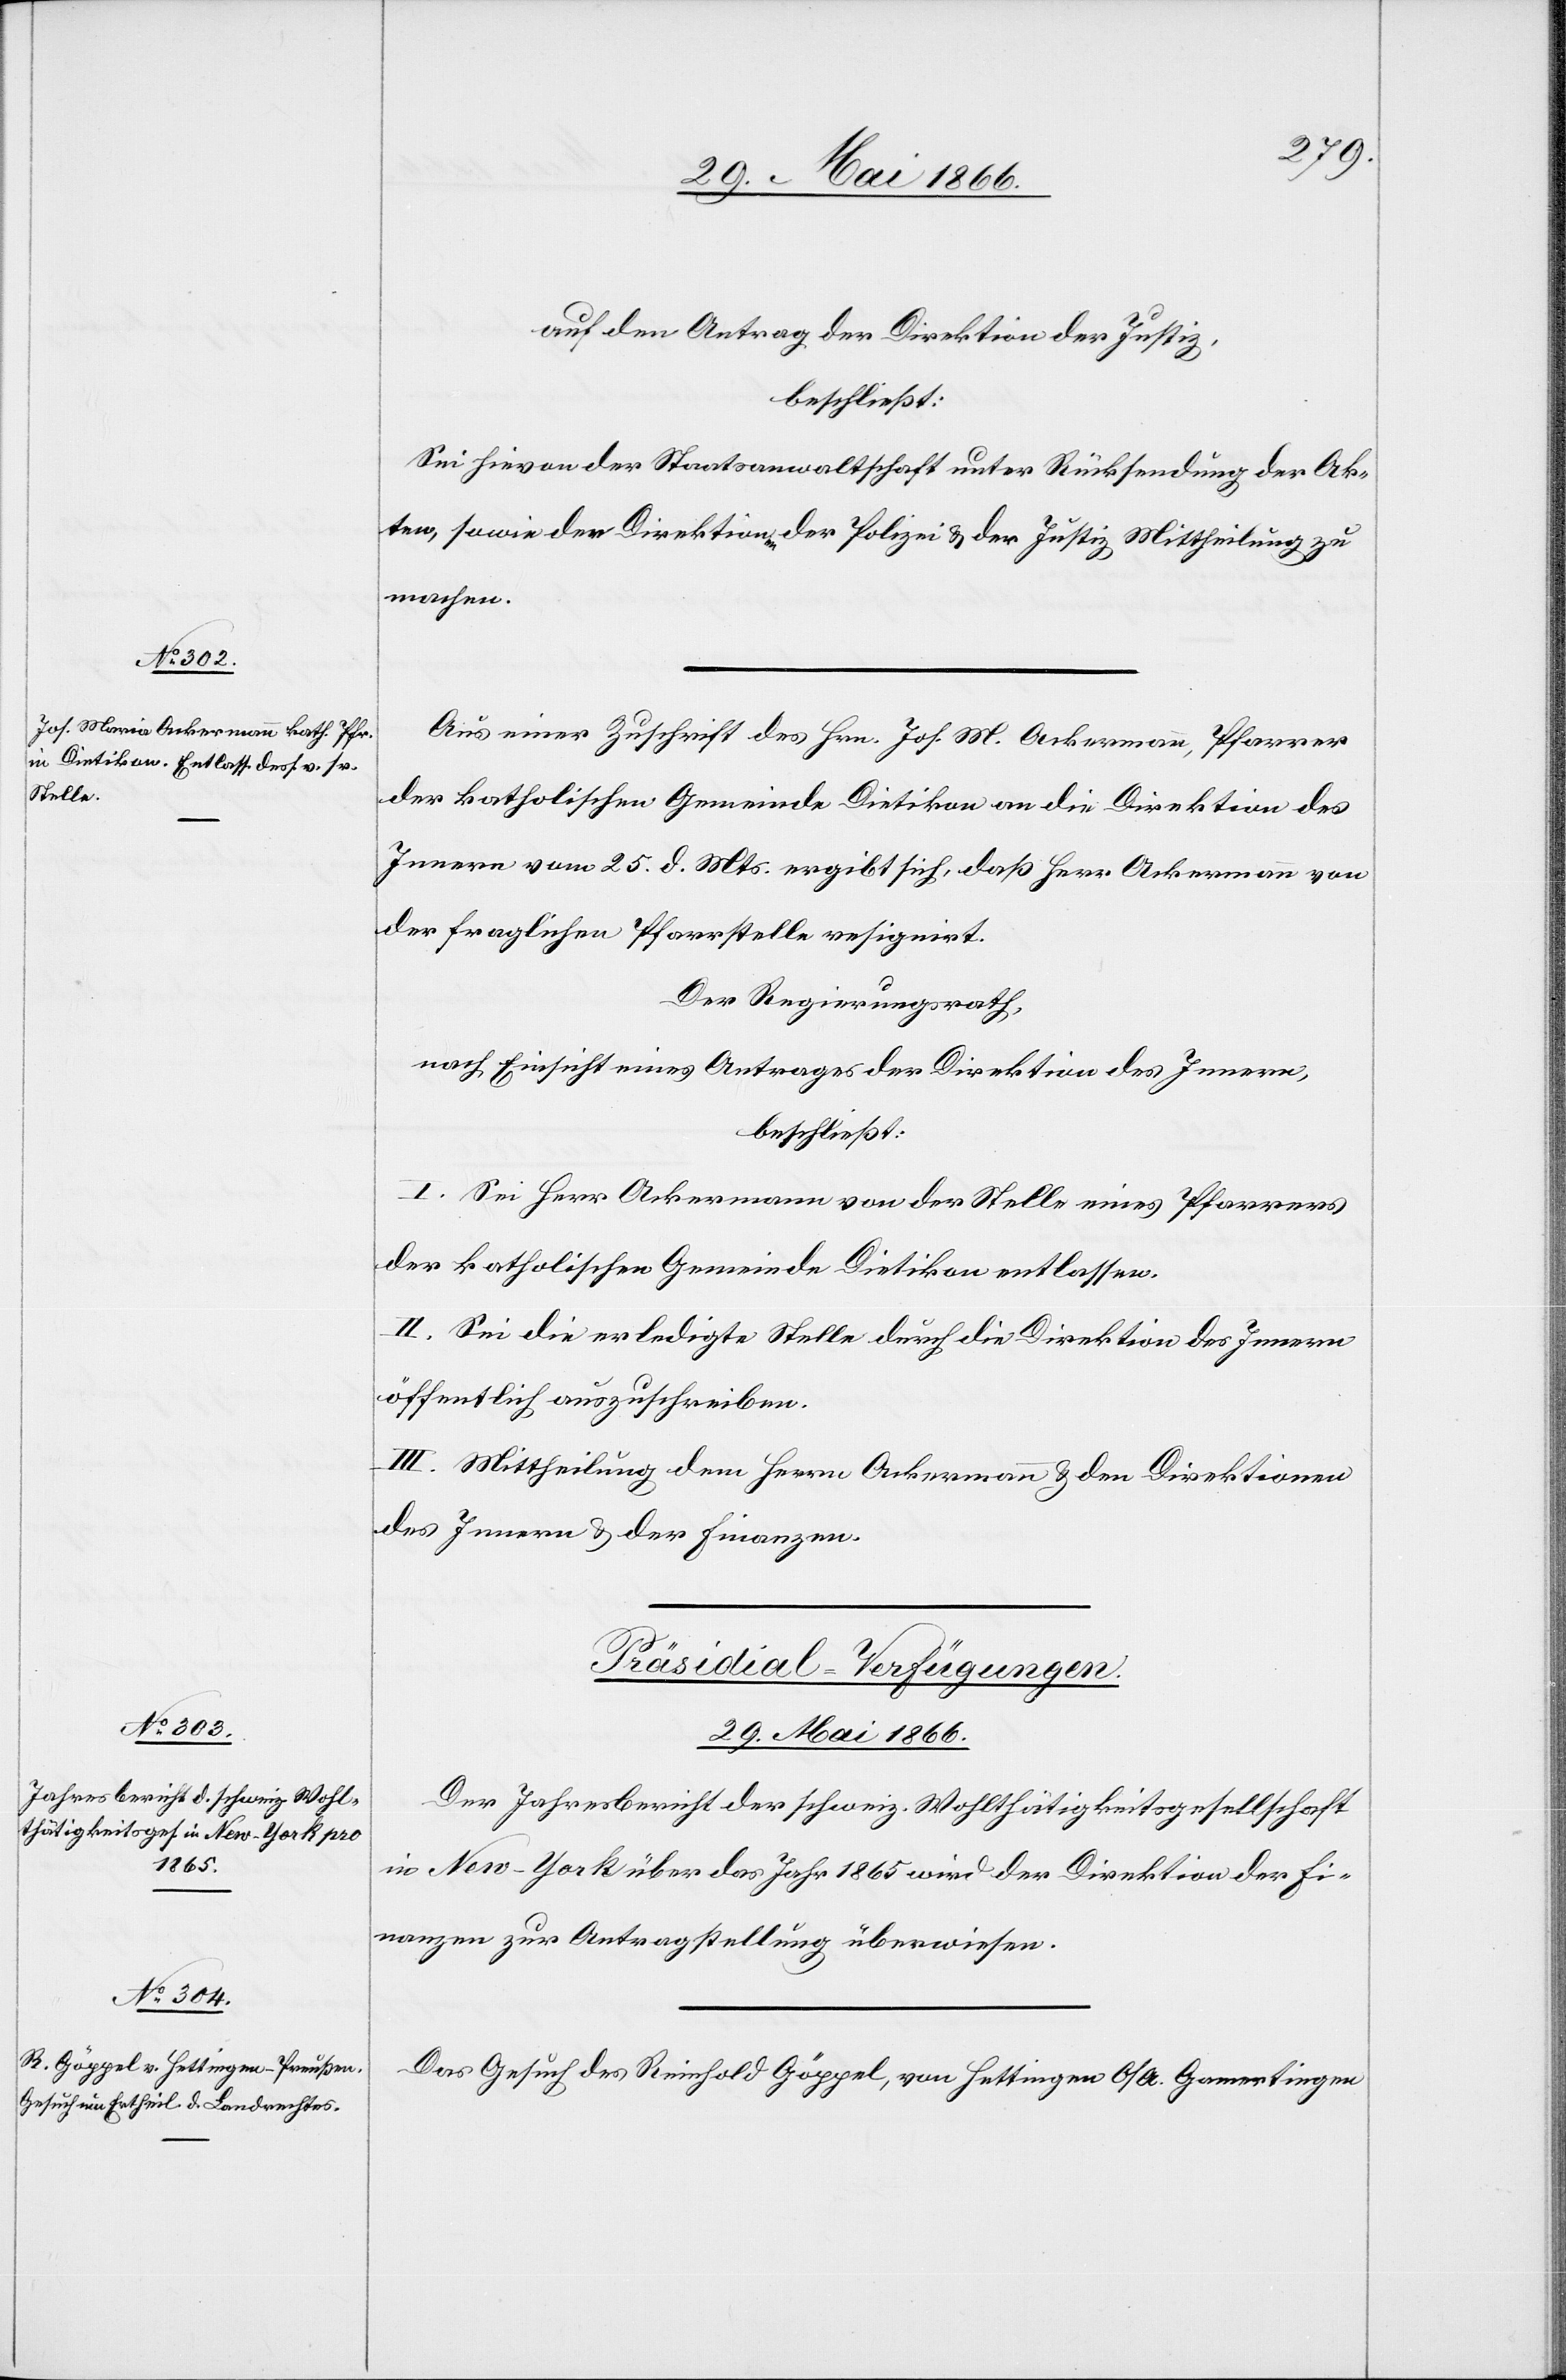
29. Mai 1866.]
auf den Antrag der Direktion der Justiz,
beschließt:
Sie hievon der Staatsanwaltschaft unter Rücksendung der Ak¬
ten, sowie der Direktion der Polizei u. der Justiz Mittheilung zu
machen.
Aus einer Zuschrift des Hrn. Joh. M. Ackermann, Pfarrer
der katholischen Gemeinde Dietikon an die Direktion des
Innern vom 25. d. Mts. ergibt sich, daß Herr Ackermann von
der fraglichen Pfarrstelle resignirt.
Der Regierungsrath,
nach Einsicht eines Antrages der Direktion des Innern,
beschließt:
I. Sei Herr Ackermann von der Stelle eines Pfarrers
der katholischen Gemeinde Dietikon entlassen.
II. Sei die erledigte Stelle durch die Direktion des Innern
öffentlich auszuschreiben.
III. Mittheilung dem Herrn Ackermann u. den Direktionen
des Innern u. der Finanzen.
[Präsidial-Verfügungen.
29. Mai 1866.
Der Jahresbericht der schweiz. Wohlthätigkeitsgesellschaft
in New-York über das Jahr 1865 wird der Direktion der Fi¬
nanzen zur Antragstellung überwiesen.
Das Gesuch des Reinhold Göppel, von Hettingen O/A. Gamertingen